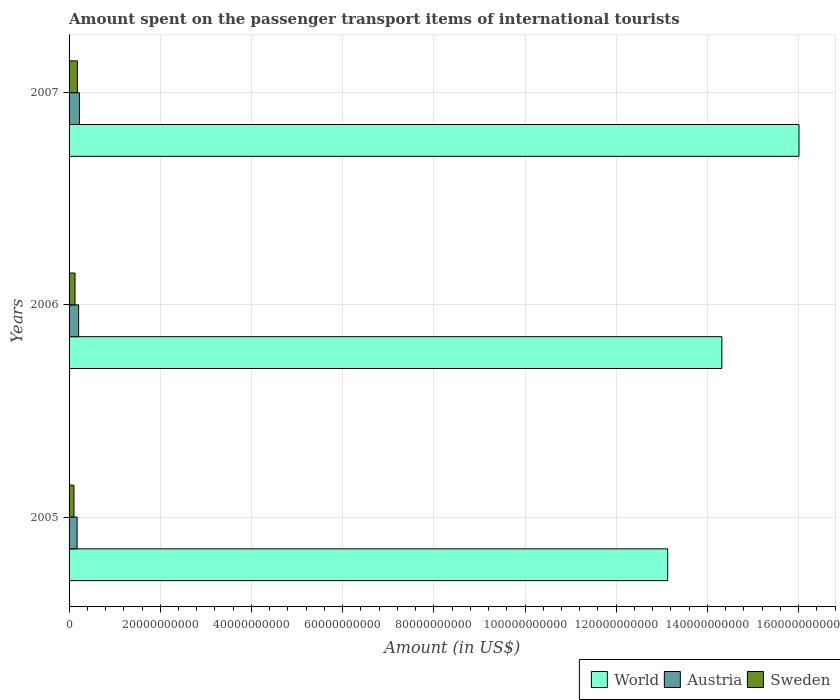
| Years | World | Austria | Sweden |
 | --- | --- | --- | --- |
 | 2005 | 1.31e+11 | 1.76e+09 | 1.07e+09 |
 | 2006 | 1.43e+11 | 2.1e+09 | 1.31e+09 |
 | 2007 | 1.6e+11 | 2.26e+09 | 1.82e+09 |